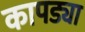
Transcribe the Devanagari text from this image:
कापड्या